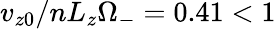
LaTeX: v_{z0}/nL_{z}\Omega_{-}=0.41<1